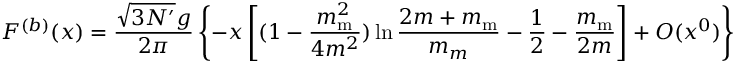
F ^ { ( b ) } ( x ) = \frac { \sqrt { 3 N ^ { \prime } } g } { 2 \pi } \left\{ - x \left[ ( 1 - \frac { m _ { \mathrm m } ^ { 2 } } { 4 m ^ { 2 } } ) \ln \frac { 2 m + m _ { \mathrm m } } { m _ { m } } - \frac 1 2 - \frac { m _ { \mathrm m } } { 2 m } \right] + O ( x ^ { 0 } ) \right\}